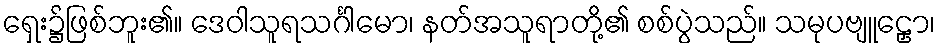
ရှေး၌ဖြစ်ဘူး၏။ ဒေဝါသူရသင်္ဂါမော၊ နတ်အသူရာတို့၏ စစ်ပွဲသည်။ သမုပဗျူဠှော၊